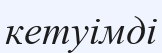
кетуімді